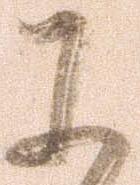
に